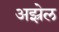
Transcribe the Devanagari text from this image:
अझ्रेल